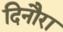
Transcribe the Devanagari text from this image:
दिनौरा